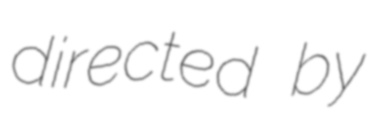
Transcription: directed by